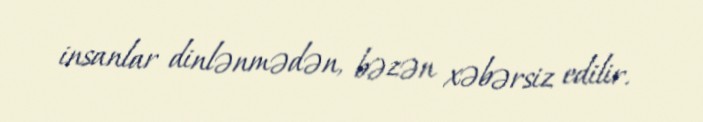
insanlar dinlənmədən, bəzən xəbərsiz edilir.